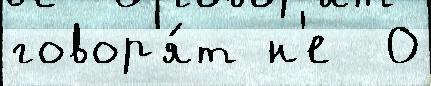
говор'я́т н'е  0